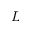
L